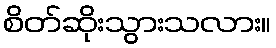
စိတ်ဆိုးသွားသလား။